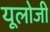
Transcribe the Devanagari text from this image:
यूलोजी